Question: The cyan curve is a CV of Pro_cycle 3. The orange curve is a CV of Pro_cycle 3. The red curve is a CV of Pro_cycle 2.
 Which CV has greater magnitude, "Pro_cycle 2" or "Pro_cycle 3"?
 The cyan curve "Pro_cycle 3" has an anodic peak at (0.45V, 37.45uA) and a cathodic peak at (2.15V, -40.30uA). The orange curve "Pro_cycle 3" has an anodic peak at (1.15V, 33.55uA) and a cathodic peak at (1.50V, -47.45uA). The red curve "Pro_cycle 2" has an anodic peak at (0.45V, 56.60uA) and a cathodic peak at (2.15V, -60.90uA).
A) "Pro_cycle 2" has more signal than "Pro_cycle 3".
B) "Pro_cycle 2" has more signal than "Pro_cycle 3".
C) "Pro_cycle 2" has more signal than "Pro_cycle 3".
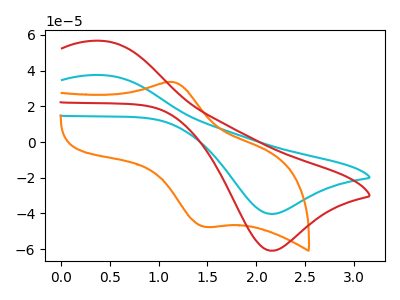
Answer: <think>All the peaks in "Pro_cycle 2" have a peak in "Pro_cycle 3" at the same potential. Every peak in "Pro_cycle 2" is higher than every peak in "Pro_cycle 3".
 </think>
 <answer>B) "Pro_cycle 2" has more signal than "Pro_cycle 3".</answer>
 <eval>B</eval>